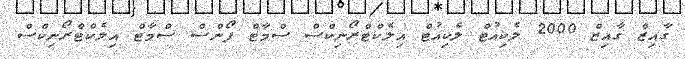
ގާއިޒް ގާއިޒް 2000 ލެކިއުޓް ލެކިއުޓް އިލެކްޓްރޯނިކްސް ސްމާޓް ފޯންސް ސްމާޓް އިލެކްޓްރޯނިކްސް